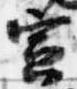
寅